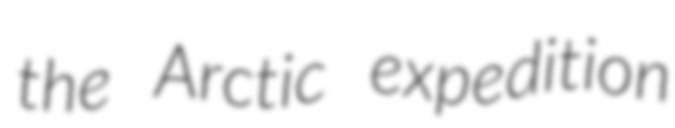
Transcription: the Arctic expedition